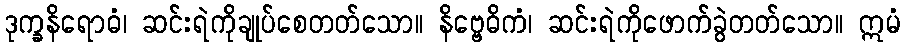
ဒုက္ခနိရောဓံ၊ ဆင်းရဲကိုချုပ်စေတတ်သော။ နိဗ္ဗေဓိကံ၊ ဆင်းရဲကိုဖောက်ခွဲတတ်သော။ ဣမံ